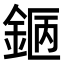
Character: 𨧇